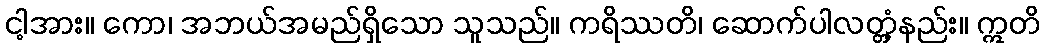
ငါ့အား။ ကော၊ အဘယ်အမည်ရှိသော သူသည်။ ကရိဿတိ၊ ဆောက်ပါလတ္တံ့နည်း။ ဣတိ